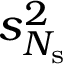
s _ { N _ { \mathrm { s } } } ^ { 2 }